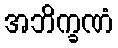
အဘိက္ခဏံ